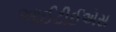
આઈટીઈએસ